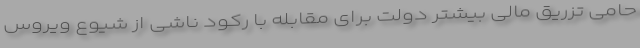
حامی تزریق مالی بیشتر دولت برای مقابله با رکود ناشی از شیوع ویروس